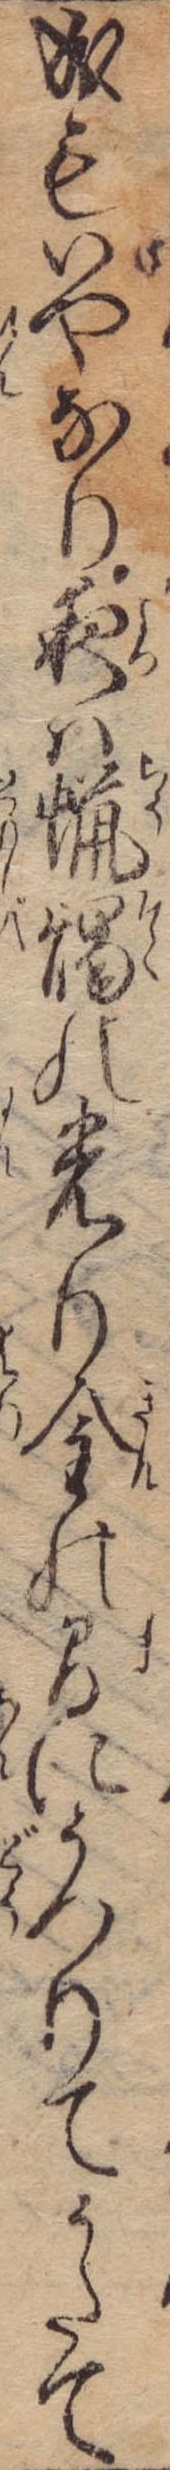
成もいやなり夜は蝋燭の光り金の間にうつりてうたて